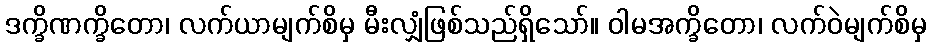
ဒက္ခိဏက္ခိတော၊ လက်ယာမျက်စိမှ မီးလျှံဖြစ်သည်ရှိသော်။ ဝါမအက္ခိတော၊ လက်ဝဲမျက်စိမှ